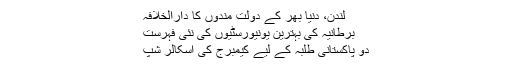
لندن، دنیا بھر کے دولت مندوں کا دارالخلافہ
برطانیہ کی بہترین یونیورسٹیوں کی نئی فہرست
دو پاکستانی طلبہ کے لیے کیمبرج کی اسکالر شپ